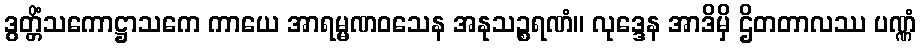
ဒွတ္တိံသကောဋ္ဌာသကေ ကာယေ အာရမ္မဏဝသေန အနုသဉ္စရဏံ။ လုဒ္ဒေန အာဒိမှိ ဌိတတာလဿ ပဏ္ဏံ